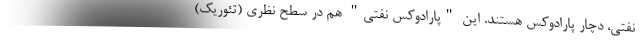
نفتی، دچار پارادوکس هستند. این "پارادوکس نفتی" هم در سطح نظری (تئوریک)